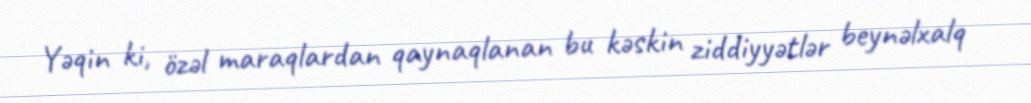
Yəqin ki, özəl maraqlardan qaynaqlanan bu kəskin ziddiyyətlər beynəlxalq